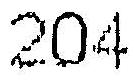
204